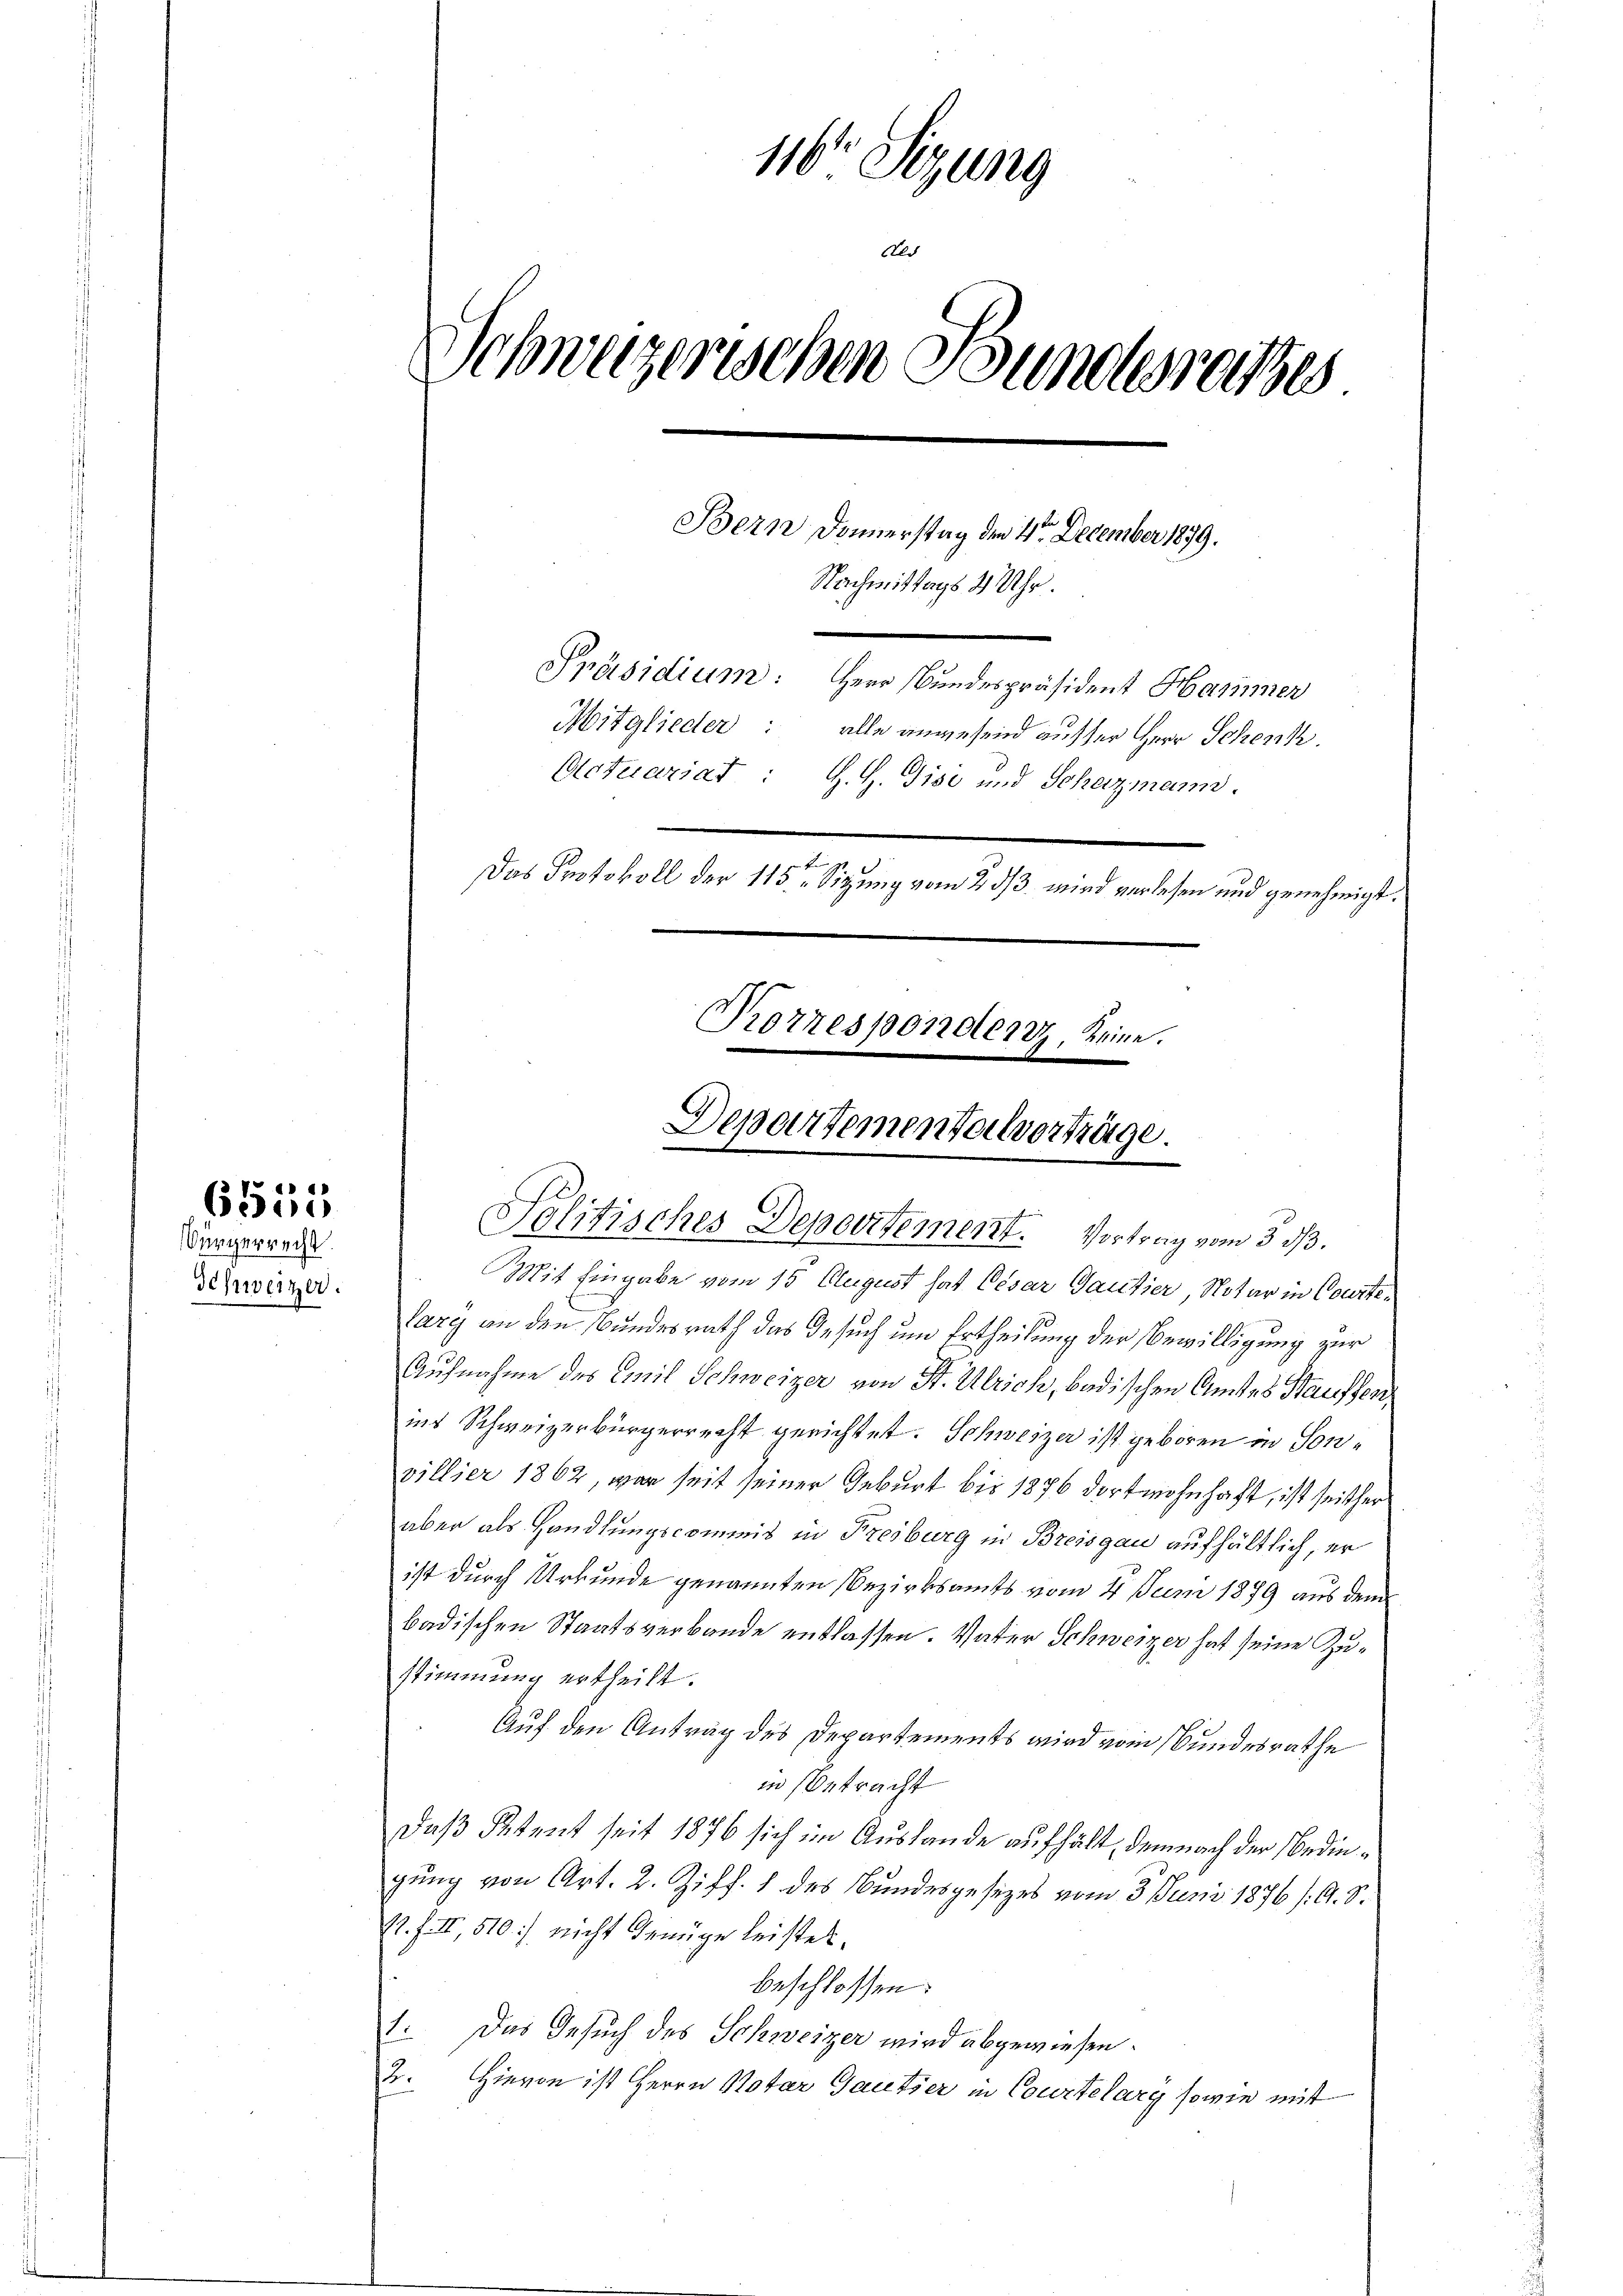
6555
Bürgerrecht.

Schweizer.

116ten Sizung
t.
Schweizerischen S
underesses
di
Bern Donnerstag den 4. December 1879.
Nachmittags 4 Uhr.
Präsidium: Herr Bundespräsident Hammer
Mitglieder: alle anwesend ausser Herr Schenk.
Actuariat : J. H. Gisi und Schazmann.
Das Protokoll der 115ten Sitzung vom 2. ds. wird verlesen und genehmigt.
Kerrespondert, keine.

Departementeilvorträge.
Politisches Depertement. Vortrag vom 3. ds.

Mit Eingabe vom 15. August hat Cesar Gautier, Notar in Courtelary an den Bundesrath das Gesuch um Ertheilung der Bewilligung zur
Aufnahme des Emil Schweizer von St. Ulrich, badischen Amtes Hauffen
ins Schweizerbürgerrecht gerichtet. Schweizer ist geboren in Sonvillier 1862, war seit seiner Geburt bis 1876 dortwohnhaft, ist seither
aber als Handlungscommis in Freiburg in Breisgau aufhältlich, er
ist durch Urkunde genannten Bezirksamts vom 4. Juni 1879 aus dem
badischen Staatsverbande entlassen. Vater Schweizer hat seine Zustimmung ertheilt.
Auf den Antrag des Departements wird vom Bundesrathe
in Betracht
Daß Petent seit 1876 sich im Auslande aufhält, demnach der Bedingung von Art. 2. Ziff. 1 des Bundesgesezes vom 3. Juni 1876 /: A. S.
1. f. II, 510. nicht Genüge leistet.
beschlossen:
1. Das Gesuch des Schweizer wird abgewiesen.
B. Hievon ist Herrn Notar Gautzer in Courtelarg sowie mit